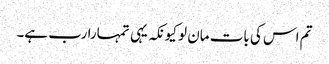
تم اس کی بات مان لو کیونکہ یہی تمہارا رب ہے۔